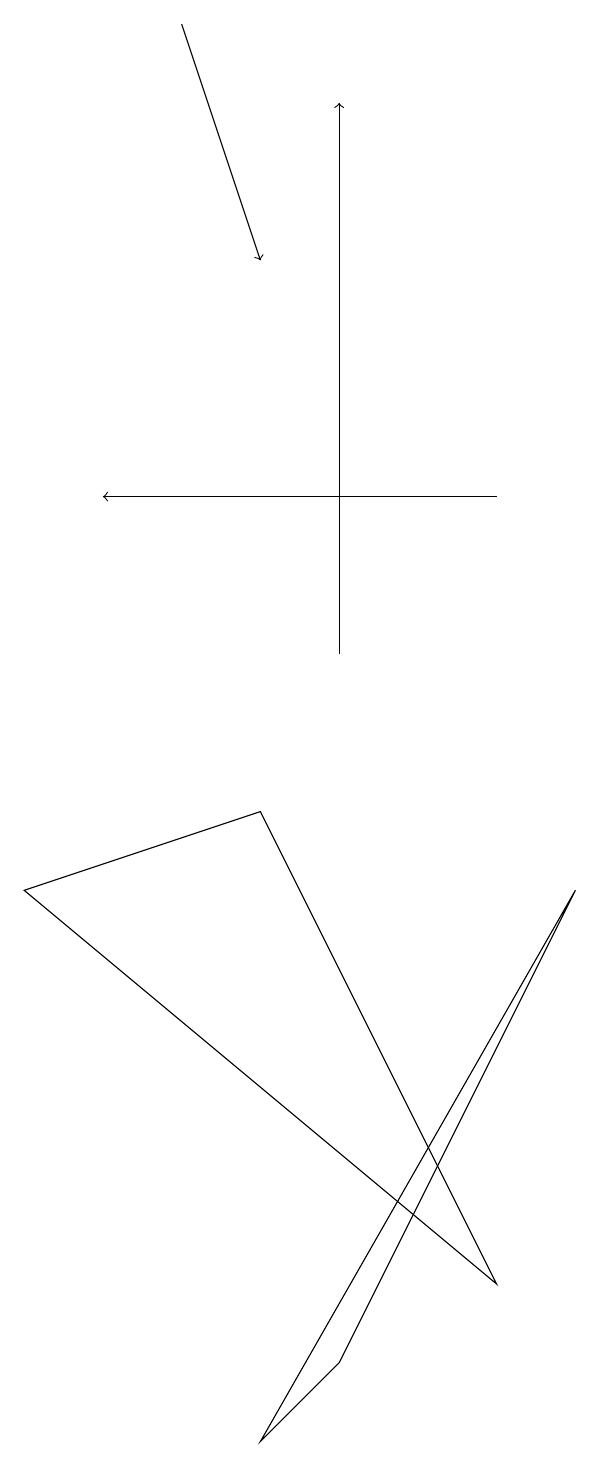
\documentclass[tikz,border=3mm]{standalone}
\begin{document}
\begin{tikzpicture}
\draw[->] (7,12) -- (2,12);
\draw (4,0) -- (8,7) -- (5,1) -- cycle;
\draw[->] (3,18) -- (4,15);
\draw (1,7) -- (7,2) -- (4,8) -- cycle;
\draw[->] (5,10) -- (5,17);
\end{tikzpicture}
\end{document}